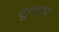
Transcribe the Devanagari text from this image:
कूलाकदै